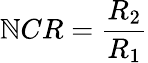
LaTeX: \mathbb{N}CR=\frac{{R_{2}}}{{R_{1}}}